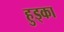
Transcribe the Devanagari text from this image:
हुड्का